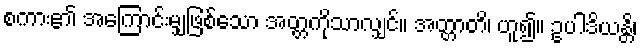
စကား၏ အကြောင်းမျှဖြစ်သော အတ္တကိုသာလျှင်။ အတ္တာတိ၊ ဟူ၍။ ဥပါဒိယန္တိ၊